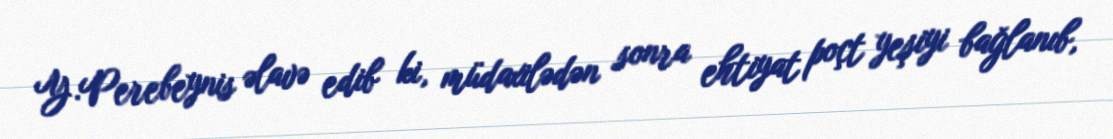
Y.Perebeynis əlavə edib ki, müdaxilədən sonra ehtiyat poçt yeşiyi bağlanıb,